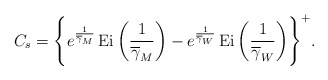
\begin{align*}C_{s} = \Bigg\{e^{\frac{1}{\overline{\gamma}_{M}}} \operatorname{Ei}\bigg(\frac{1}{\overline{\gamma}_{M}}\bigg) - e^{\frac{1}{\overline{\gamma}_{W}}} \operatorname{Ei}\bigg(\frac{1}{\overline{\gamma}_{W}}\bigg)\Bigg\}^{+}.\end{align*}